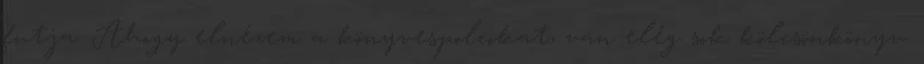
futja. Ahogy elnézem a könyvespolcokat, van elég sok kölcsönkönyv.